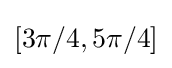
\left[3\pi /4,5\pi /4\right]